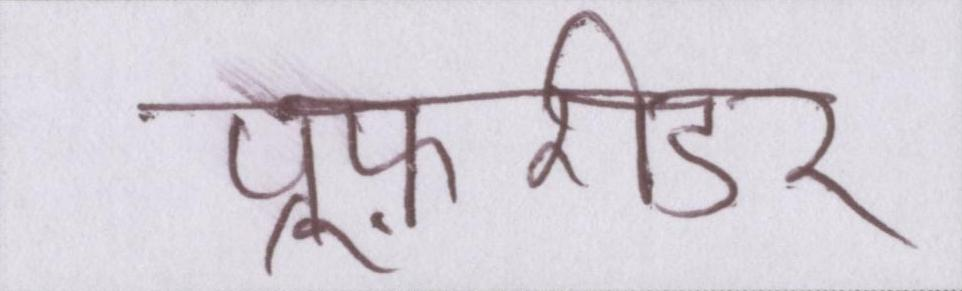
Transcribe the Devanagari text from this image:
प्रूफ़रीडर